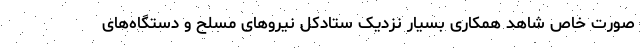
صورت خاص شاهد همکاری بسیار نزدیک ستادکل نیروهای مسلح و دستگاه‌های